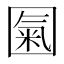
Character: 𡈏